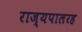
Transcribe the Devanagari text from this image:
राज्यपालरह